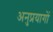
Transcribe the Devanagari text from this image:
अनुप्रयागों